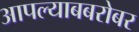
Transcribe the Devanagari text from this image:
आपल्याबबरोबर